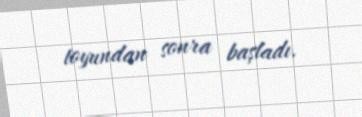
toyundan sonra başladı.